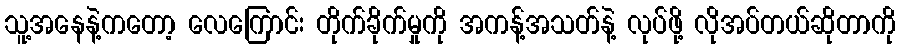
သူ့အနေနဲ့ကတော့ လေကြောင်း တိုက်ခိုက်မှုကို အကန့်အသတ်နဲ့ လုပ်ဖို့ လိုအပ်တယ်ဆိုတာကို